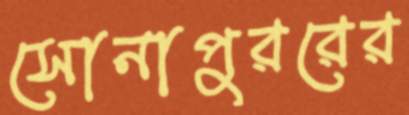
সোনাপুররের